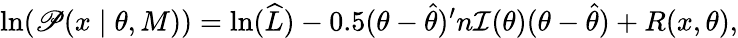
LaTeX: \ln(\mathscr{P}(x\mid\theta,M))=\ln({\widehat{{L}}})-0.5(\theta-{\widehat{{\theta}}})^{\prime}n{\mathcal{{I}}}(\theta)(\theta-{\widehat{{\theta}}})+R(x,\theta),